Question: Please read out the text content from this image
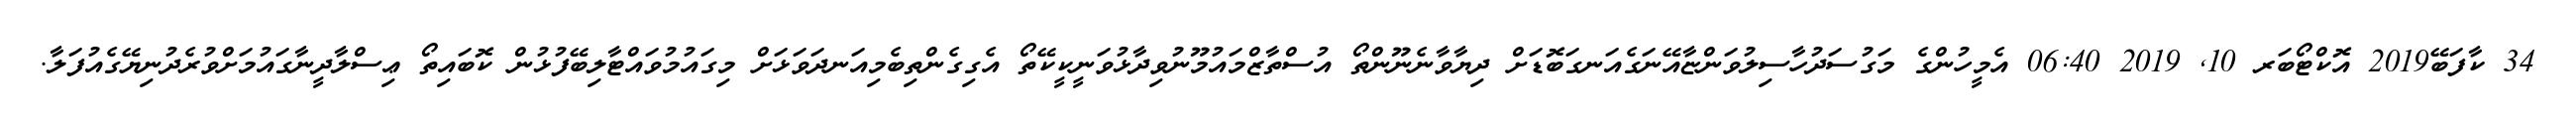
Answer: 34 ކާފަބޭ2019 އޮކްޓޯބަރ 10, 2019 06:40 އެމީހުންގެ މަގުސަދުހާސިލުވަންޏާއޭނަގެއަނގަބޮޑަށް ދިޔާވާނެނޫންތޯ އުސްތާޒްމައުމޫނުވިދާޅުވަނީކީކޭތޯ އެގިގެންތިބެމިއަނދަވަޅަށް މިގައުމުވައްޓާލިބޭފުޅުން ކޮބައިތޯ ޢިސްލާދީނާގައުމަށްވުރެދުނިޔޭގެއުފަލާ.